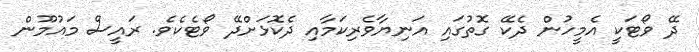
ދޭ ވޯޓަކީ އެމީހުން ދެކޭ ގޮތުގައި އަނިޔާވެރިކަމާއި ދެކޮޅަށްދޭ ވޯޓެކެވެ. ރައީސް މައުމޫން